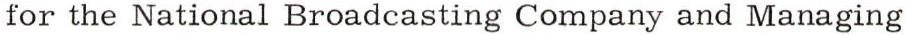
for the National Broadcasting Company and Managing